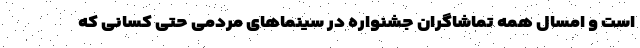
است و امسال همه تماشاگران جشنواره در سینما‌های مردمی حتی کسانی که